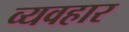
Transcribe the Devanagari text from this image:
व्यवहार